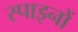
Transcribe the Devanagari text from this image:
स्पाइनों